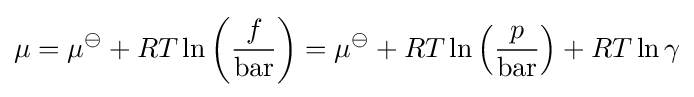
\mu =\mu ^{\ominus }+RT\ln \left({\frac {f}{\mathrm {bar} }}\right)=\mu ^{\ominus }+RT\ln \left({\frac {p}{\mathrm {bar} }}\right)+RT\ln \gamma